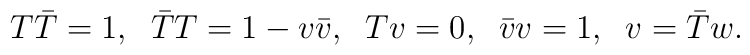
T\bar{T}=1,\;\;\bar{T}T=1-v\bar{v},\;\;Tv=0,\;\;\bar{v}v=1,\;\;v=\bar{T}w.